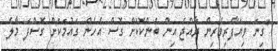
"ގިނަ ވިޔަފާރިވެރިން ރާއްޖެ އިން ބެންކޮކަށް ގޮސް އެހެން ގައުމަކަށް ގޮސްފަ މާލެ